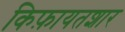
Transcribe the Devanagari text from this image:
किफ़ायतशार